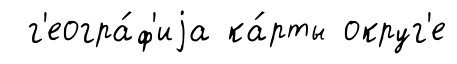
г'еогра́ф'иjа ка́рты округ'е